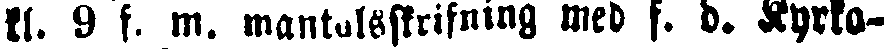
kl. 9 f. m. mantalsskrifning med f. d. Kyrko-